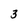
Character: 3